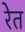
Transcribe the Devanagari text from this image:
रेेत